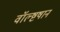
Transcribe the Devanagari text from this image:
वॉल्ष्टषान